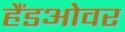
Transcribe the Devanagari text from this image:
हैंडओवर